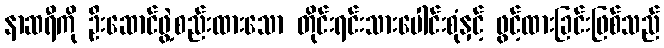
နာဆရီကို ဦးဆောင်ဖွဲ့စည်းထားသော တိုင်းရင်းသားပေါင်းစုံနှင့် ဖွင့်ထားခြင်းဖြစ်သည်